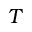
T